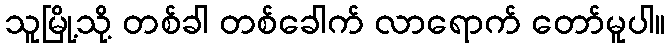
သူမြို့သို့ တစ်ခါ တစ်ခေါက် လာရောက် တော်မူပါ။